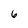
Character: 6